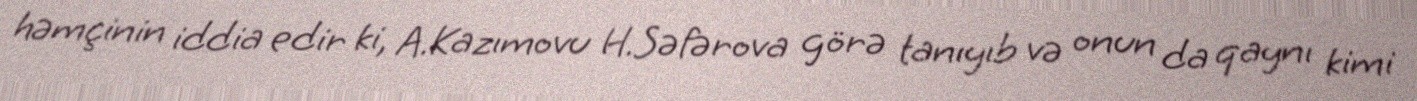
həmçinin iddia edir ki, A.Kazımovu H.Səfərova görə tanıyıb və onun da qaynı kimi